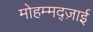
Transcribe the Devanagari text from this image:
मोहम्मद्ज़ाई